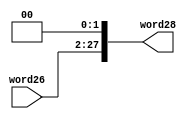
module Shifterleft26to28(
    input wire [25:0] word26,
    output wire [27:0] word28
);

    // Shifter left to 28 bits, adds to '00' to the right.
  assign word28 = {word26, 2'b00};


endmodule